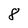
Character: 8